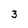
Character: 3